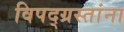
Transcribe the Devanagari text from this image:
विपद्‌ग्रस्तांना